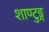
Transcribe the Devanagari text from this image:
शाण्टुङ्ग